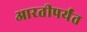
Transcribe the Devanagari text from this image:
आरतीपर्यंत